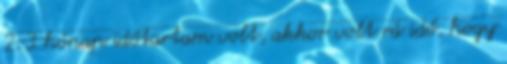
2-3 hónap időtartam volt, akkor volt rá idő, hogy